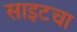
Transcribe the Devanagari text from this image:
साइटचा